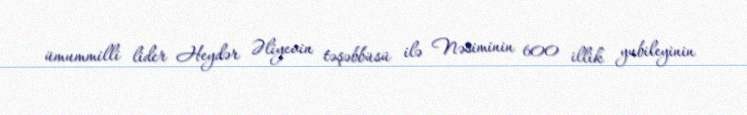
ümummilli lider Heydər Əliyevin təşəbbüsü ilə Nəsiminin 600 illik yubileyinin